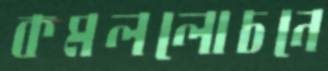
কমললোচনে